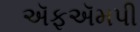
ઍફઍમપી